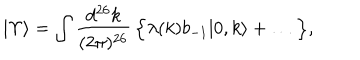
| \Upsilon \rangle = \int \frac { d ^ { 2 6 } k } { ( 2 \pi ) ^ { 2 6 } } \, \Bigl \{ \lambda ( k ) b _ { - 1 } | 0 , k \rangle + \ldots \, \Bigr \} ,